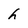
Character: h